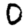
Digit: 0